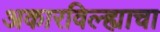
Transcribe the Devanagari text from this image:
अकारविल्ह्याचा